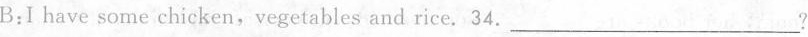
B:Ihave some chicken,vegetables and rice. 34. ___?